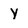
Character: Y